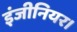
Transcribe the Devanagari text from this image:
इंजीनियर।